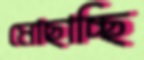
মোছাচ্ছি